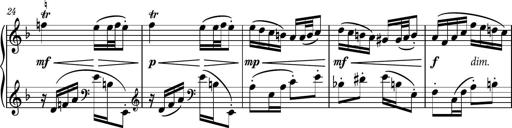
Title: Piano Sonatina No.1
Composer: Dimitri Sykias
Key: D minor